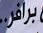
برافر